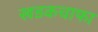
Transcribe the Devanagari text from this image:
खडकचाफा